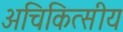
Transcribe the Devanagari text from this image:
अचिकित्सीय